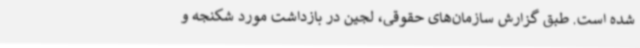
شده است. طبق گزارش سازمان‌های حقوقی، لجین در بازداشت مورد شکنجه و